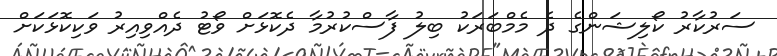
ސަރުކާރު ކޯލިޝަންގެ ދެ މެމްބަރަކު ބިލު ފާސްކުރުމާ ދެކޮޅަށް ވޯޓު ދެއްވިއިރު ވަކިކޮޅަކަށް